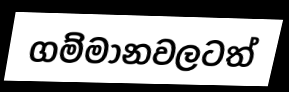
ගම්මානවලටත්